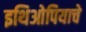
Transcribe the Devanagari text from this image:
इथिओपियाचे